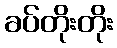
ခပ်တိုးတိုး